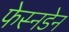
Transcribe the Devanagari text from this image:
फेस्नडेन